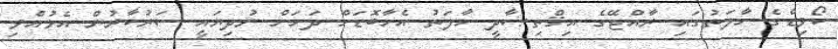
ކޯވިޑްގެ ހާލަތުގައި ރާއްޖޭގެ އިޤްތިޞާދީ ހާލަތު އެހާބޮޑަށް ދަށަށް ނުދިޔައީ ސަރުކާރުން އެޅުއްވި